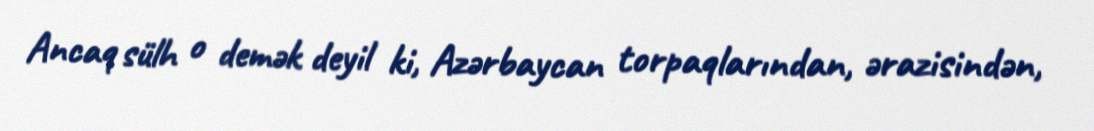
Ancaq sülh o demək deyil ki, Azərbaycan torpaqlarından, ərazisindən,